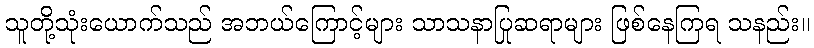
သူတို့သုံးယောက်သည် အဘယ်ကြောင့်များ သာသနာပြုဆရာများ ဖြစ်နေကြရ သနည်း။